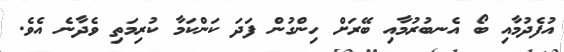
އުފެދުމާއި ބޯ އެނބުރުމާއި ބޭރަށް ހިންގުން ފަދަ ކަންކަމާ ކުރިމަތި ވެދާނެ އެވެ.